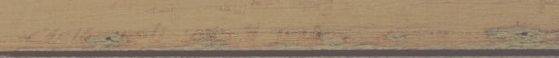
قصر الأحلام: تأجير قاعات